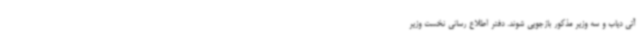
آتی دیاب و سه وزیر مذکور بازجویی شوند. دفتر اطلاع رسانی نخست وزیر